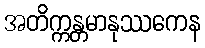
အတိက္ကန္တမာနုဿကေန